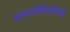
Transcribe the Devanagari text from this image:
कणभौतिकीची